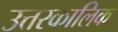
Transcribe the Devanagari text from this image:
उत्तरकालिक